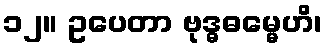
၁၂။ ဥပေတာ ဗုဒ္ဓဓမ္မေဟိ၊